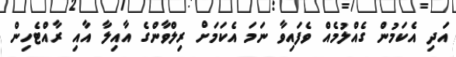
އަދި އެކަމުން ގެއްލުމެއް ވެފައިވާ ނަމަ އެކަމަށް ރިލްވާންގެ އާއިލާ އާއި ރާއްޓެހިން